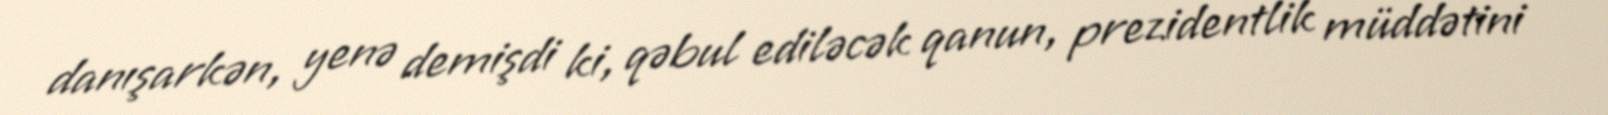
danışarkən, yenə demişdi ki, qəbul ediləcək qanun, prezidentlik müddətini